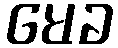
မေခ